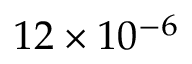
1 2 \times 1 0 ^ { - 6 }